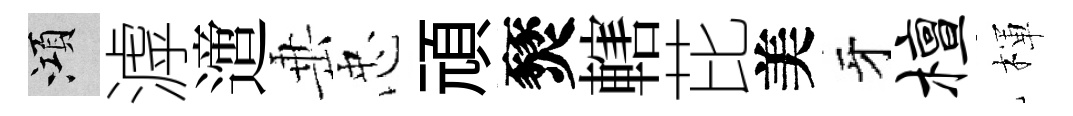
澒滹𨗁𡸁忠頑燹轄芘美牙檀楎